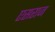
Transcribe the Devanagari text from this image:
एसराज